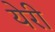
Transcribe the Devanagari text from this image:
येरी